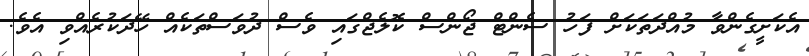
އެކަށީގެންވާ މުއްދަތަކަށް ފަހު ސެންޓް ޖޯންސް ކޮލެޖްގައި ވެސް ދުވަސްތަކެއް ހޭދަކުރެއްވި އެވެ.